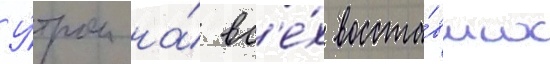
У́тром на́ вс'е́х восста́вших